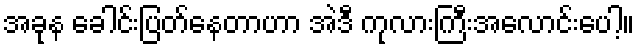
အခုန ခေါင်းပြတ်နေတာဟာ အဲဒီ ကုလားကြီးအလောင်းပေါ့။